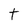
Character: t